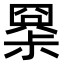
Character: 𡮧